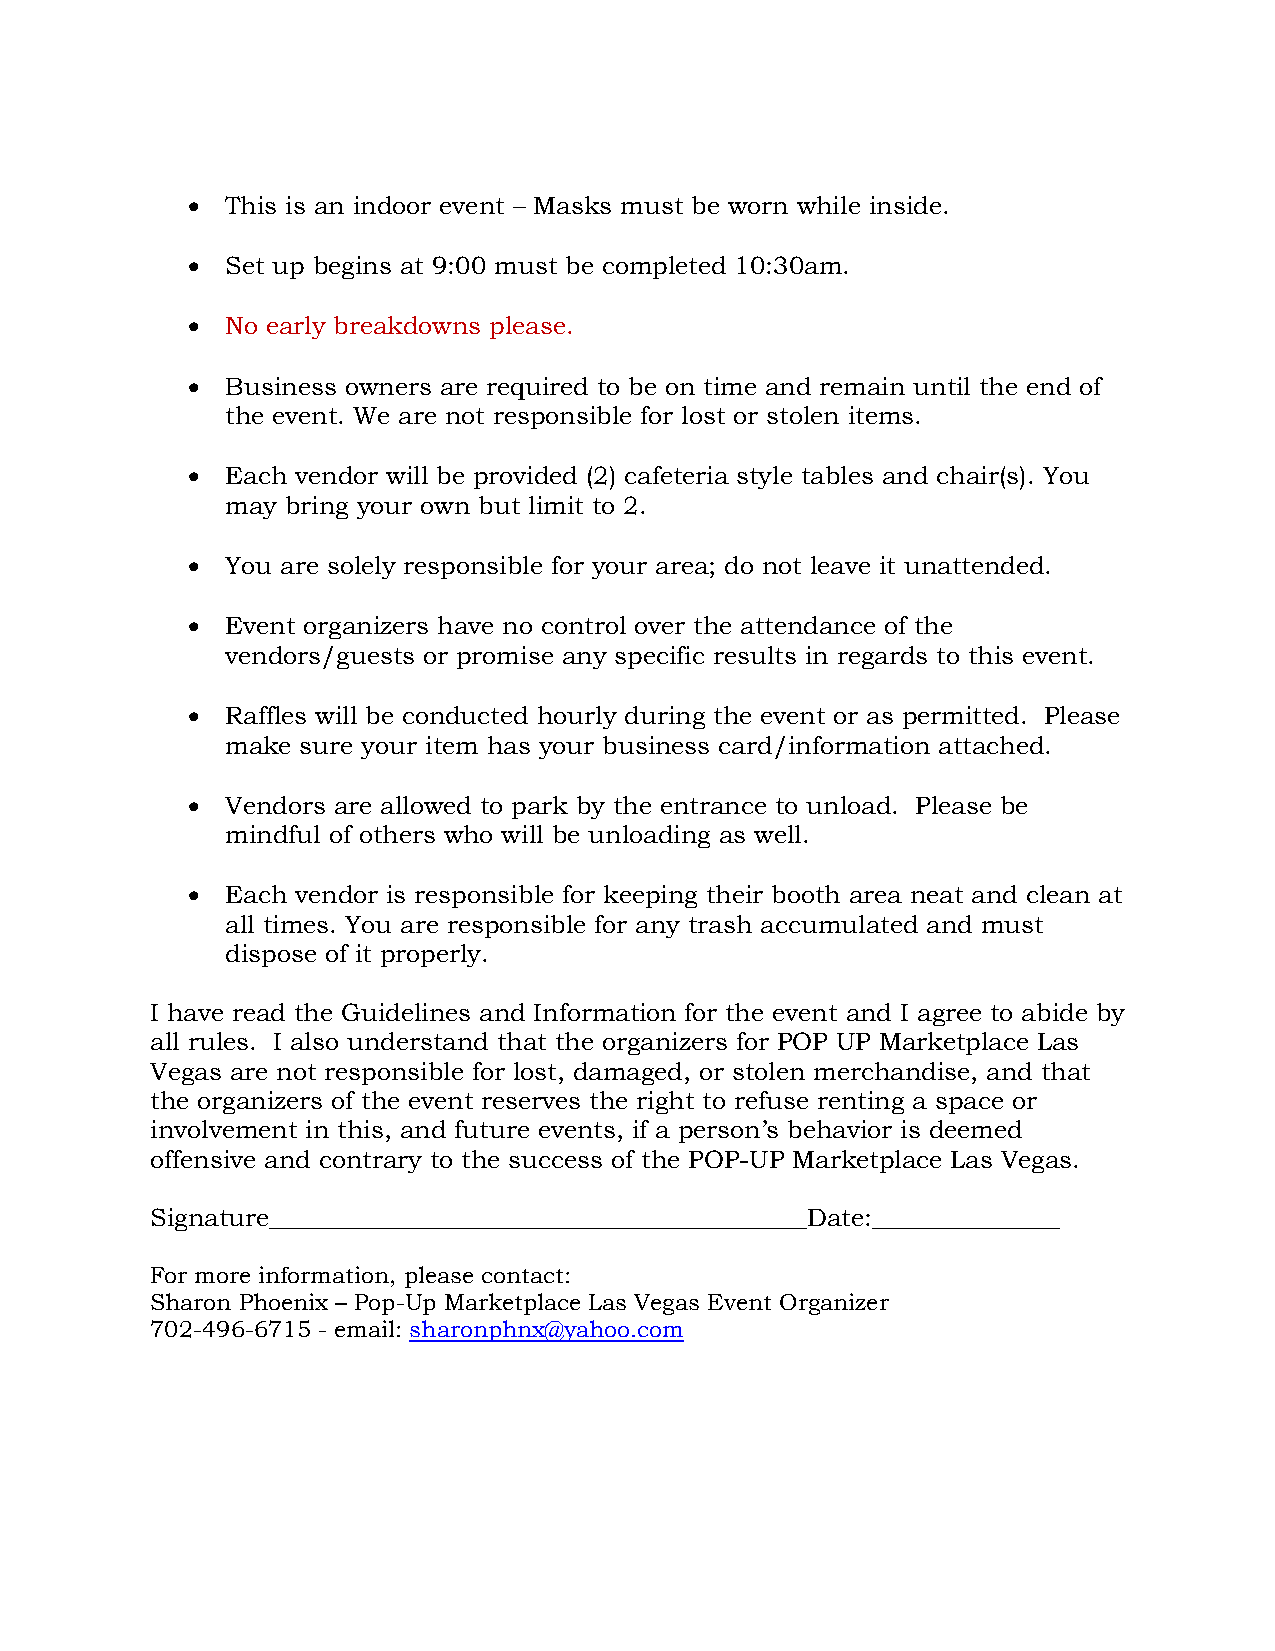
  This is an indoor event – Masks must be worn while inside.
   Set up begins at 9:00 must be completed 10:30am.
   No early breakdowns please.
   Business owners are required to be on time and remain until the end of
 the event. We are not responsible for lost or stolen items.
   Each vendor will be provided (2) cafeteria style tables and chair(s). You
 may bring your own but limit to 2.
   You are solely responsible for your area; do not leave it unattended.
   Event organizers have no control over the attendance of the
 vendors/guests or promise any specific results in regards to this event.
   Raffles will be conducted hourly during the event or as permitted. Please
 make sure your item has your business card/information attached.
   Vendors are allowed to park by the entrance to unload. Please be
 mindful of others who will be unloading as well.
   Each vendor is responsible for keeping their booth area neat and clean at
 all times. You are responsible for any trash accumulated and must
 dispose of it properly.
 I have read the Guidelines and Information for the event and I agree to abide by
 all rules. I also understand that the organizers for POP UP Marketplace Las
 Vegas are not responsible for lost, damaged, or stolen merchandise, and that
 the organizers of the event reserves the right to refuse renting a space or
 involvement in this, and future events, if a person’s behavior is deemed
 offensive and contrary to the success of the POP-UP Marketplace Las Vegas.
 Signature___________________________________________Date:_______________
 For more information, please contact:
 Sharon Phoenix – Pop-Up Marketplace Las Vegas Event Organizer
 702-496-6715 - email: sharonphnx@yahoo.com